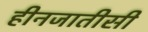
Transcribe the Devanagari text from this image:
हीनजातीसी